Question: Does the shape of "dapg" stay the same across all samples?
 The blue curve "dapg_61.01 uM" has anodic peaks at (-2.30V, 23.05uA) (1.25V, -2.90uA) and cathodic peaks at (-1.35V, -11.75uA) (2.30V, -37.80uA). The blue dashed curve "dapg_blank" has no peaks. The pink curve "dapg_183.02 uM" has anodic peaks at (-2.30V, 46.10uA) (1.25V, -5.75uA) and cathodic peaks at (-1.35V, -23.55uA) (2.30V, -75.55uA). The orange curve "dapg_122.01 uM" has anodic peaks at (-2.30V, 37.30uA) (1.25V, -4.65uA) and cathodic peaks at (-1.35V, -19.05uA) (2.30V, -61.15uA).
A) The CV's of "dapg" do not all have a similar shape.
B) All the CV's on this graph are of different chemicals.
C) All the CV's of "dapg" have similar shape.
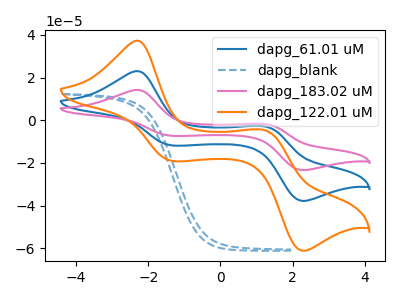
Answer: <think>"dapg_61.01 uM" and "dapg_blank" have a different number of peaks. All the peaks in "dapg_61.01 uM" have a peak in "dapg_183.02 uM" at the same potential. All the peaks in "dapg_61.01 uM" have a peak in "dapg_122.01 uM" at the same potential. "dapg_blank" and "dapg_183.02 uM" have a different number of peaks. "dapg_blank" and "dapg_122.01 uM" have a different number of peaks. All the peaks in "dapg_183.02 uM" have a peak in "dapg_122.01 uM" at the same potential.
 </think>
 <answer>C) All the CV's of "dapg" have similar shape.</answer>
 <eval>C</eval>